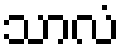
သာလံ